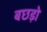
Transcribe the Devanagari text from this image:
बछड़ो